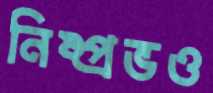
নিষ্প্রভও